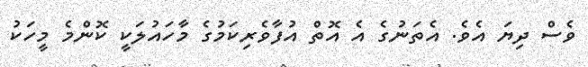
ވެސް ދިޔަ އެވެ. އެތަނުގެ އެ އޮތް އުފާވެރިކަމުގެ މާހައުލަކީ ކޮންމެ މީހަކު